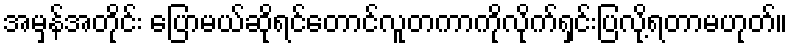
အမှန်အတိုင်း ပြောမယ်ဆိုရင်တောင်လူတကာကိုလိုက်ရှင်းပြလို့ရတာမဟုတ်။